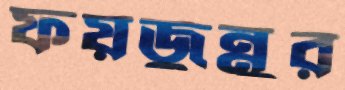
ফয়জুন্নুর